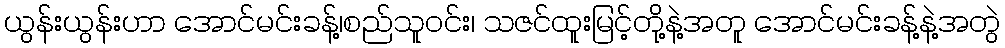
ယွန်းယွန်းဟာ အောင်မင်းခန့်၊စည်သူ၀င်း၊ သဇင်ထူးမြင့်တို့နဲ့အတူ အောင်မင်းခန့်နဲ့အတွဲ